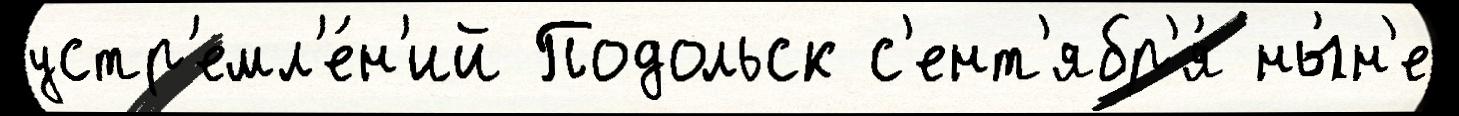
устр'емл'е́н'ий Подольск с'ент'ябр'я́ ны́н'е